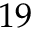
1 9